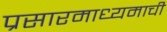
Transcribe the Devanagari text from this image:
प्रसारमाध्यमाची